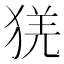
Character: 猐